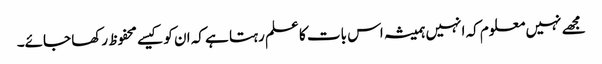
مجھے نہیں معلوم کہ انہیں ہمیشہ اس بات کا علم رہتا ہے کہ ان کو کیسے محفوظ رکھا جائے۔